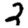
Digit: 2